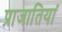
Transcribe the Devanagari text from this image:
प्राजातियां